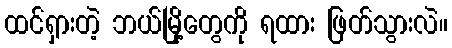
ထင်ရှားတဲ့ ဘယ်မြို့တွေကို ရထား ဖြတ်သွားလဲ။